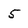
Character: 5